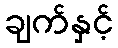
ချက်နှင့်